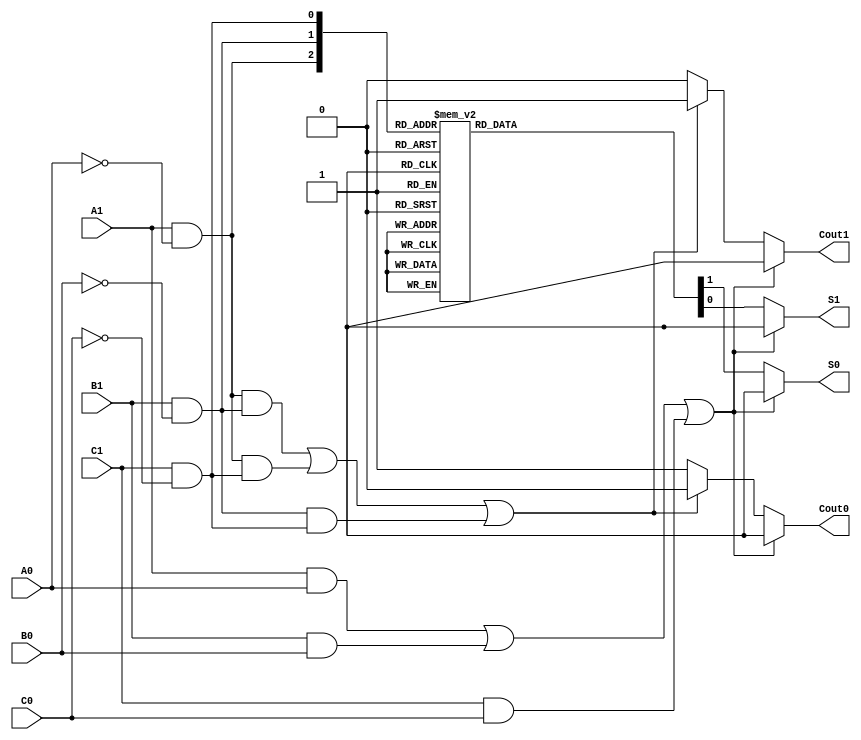
module dual_rail_full_adder (
    input wire A1, A0,  // Dual-rail representation of input A
    input wire B1, B0,  // Dual-rail representation of input B
    input wire C1, C0,  // Dual-rail representation of carry-in (Cin)
    output reg S1, S0,  // Dual-rail representation of sum output
    output reg Cout1, Cout0 // Dual-rail representation of carry-out output
);

// Internal signals for single-bit representation
wire A = A1 & ~A0; // Decode A
wire B = B1 & ~B0; // Decode B
wire Cin = C1 & ~C0; // Decode Cin

// Error detection for invalid states
always @(*) begin
    // Initialize outputs to invalid state
    S1 = 1'b0; S0 = 1'b1; // Default to S = 0
    Cout1 = 1'b0; Cout0 = 1'b1; // Default to Cout = 0

    // Check for invalid states
    if ((A1 & A0) | (B1 & B0) | (C1 & C0)) begin
        // Invalid state detected for A, B, or Cin
        S1 = 1'bx; S0 = 1'bx; // Set outputs to undefined
        Cout1 = 1'bx; Cout0 = 1'bx; // Set outputs to undefined
    end else begin
        // Sum calculation
        case ({A, B, Cin})
            3'b000: begin S1 = 1'b0; S0 = 1'b1; end // S = 0
            3'b001: begin S1 = 1'b1; S0 = 1'b0; end // S = 1
            3'b010: begin S1 = 1'b1; S0 = 1'b0; end // S = 1
            3'b011: begin S1 = 1'b0; S0 = 1'b1; end // S = 0
            3'b100: begin S1 = 1'b1; S0 = 1'b0; end // S = 1
            3'b101: begin S1 = 1'b0; S0 = 1'b1; end // S = 0
            3'b110: begin S1 = 1'b0; S0 = 1'b1; end // S = 0
            3'b111: begin S1 = 1'b1; S0 = 1'b0; end // S = 1
        endcase

        // Carry-out calculation
        if ((A & B) | (A & Cin) | (B & Cin)) begin
            Cout1 = 1'b1; Cout0 = 1'b0; // Cout = 1
        end else begin
            Cout1 = 1'b0; Cout0 = 1'b1; // Cout = 0
        end
    end
end

endmodule